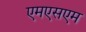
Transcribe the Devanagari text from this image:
एमएसएम